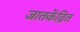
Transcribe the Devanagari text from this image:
जातकेंद्रित